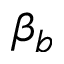
\beta _ { b }